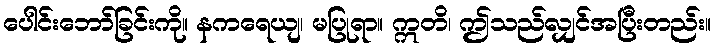
ပေါင်းဘော်ခြင်းကို။ နကရေယျ၊ မပြုရာ။ ဣတိ၊ ဤသည်လျှင်အပြီးတည်း။